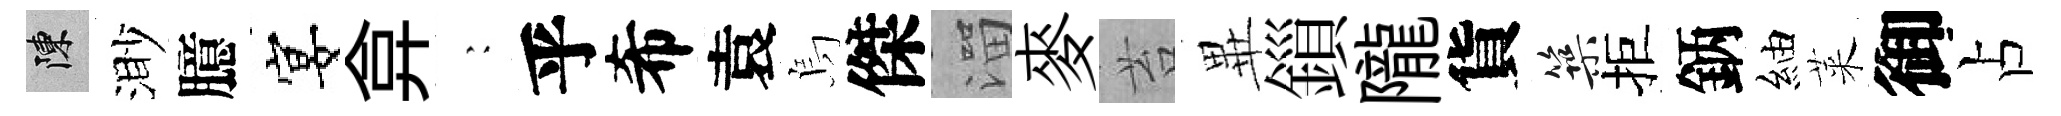
陳渺臆宴弇巍乎希袁烏傑溜麥苔𭺾鎻隴貨築拒鈵紬萊御占